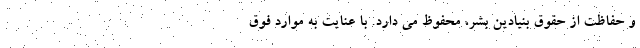
و حفاظت از حقوق بنیادین بشر، محفوظ می دارد. با عنایت به موارد فوق